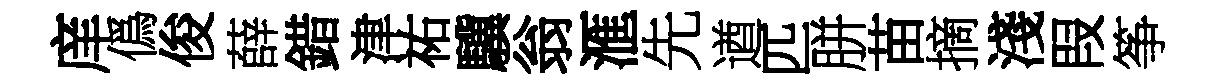
庠僞俊薛錯津祐驥翁滙先遒匹胼苗摘淺叚筝